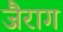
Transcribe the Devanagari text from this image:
जैराग